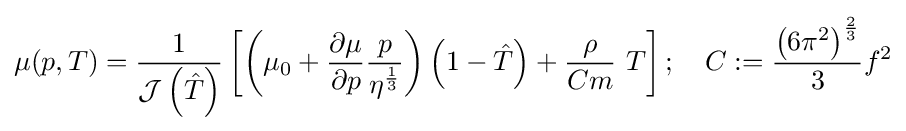
\mu (p,T)={\frac {1}{{\mathcal {J}}\left({\hat {T}}\right)}}\left[\left(\mu _{0}+{\frac {\partial \mu }{\partial p}}{\frac {p}{\eta ^{\frac {1}{3}}}}\right)\left(1-{\hat {T}}\right)+{\frac {\rho }{Cm}}~T\right];\quad C:={\frac {\left(6\pi ^{2}\right)^{\frac {2}{3}}}{3}}f^{2}